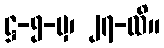
ဋ္ဌ-၅-မှ၊ ၂၇-ထိ။